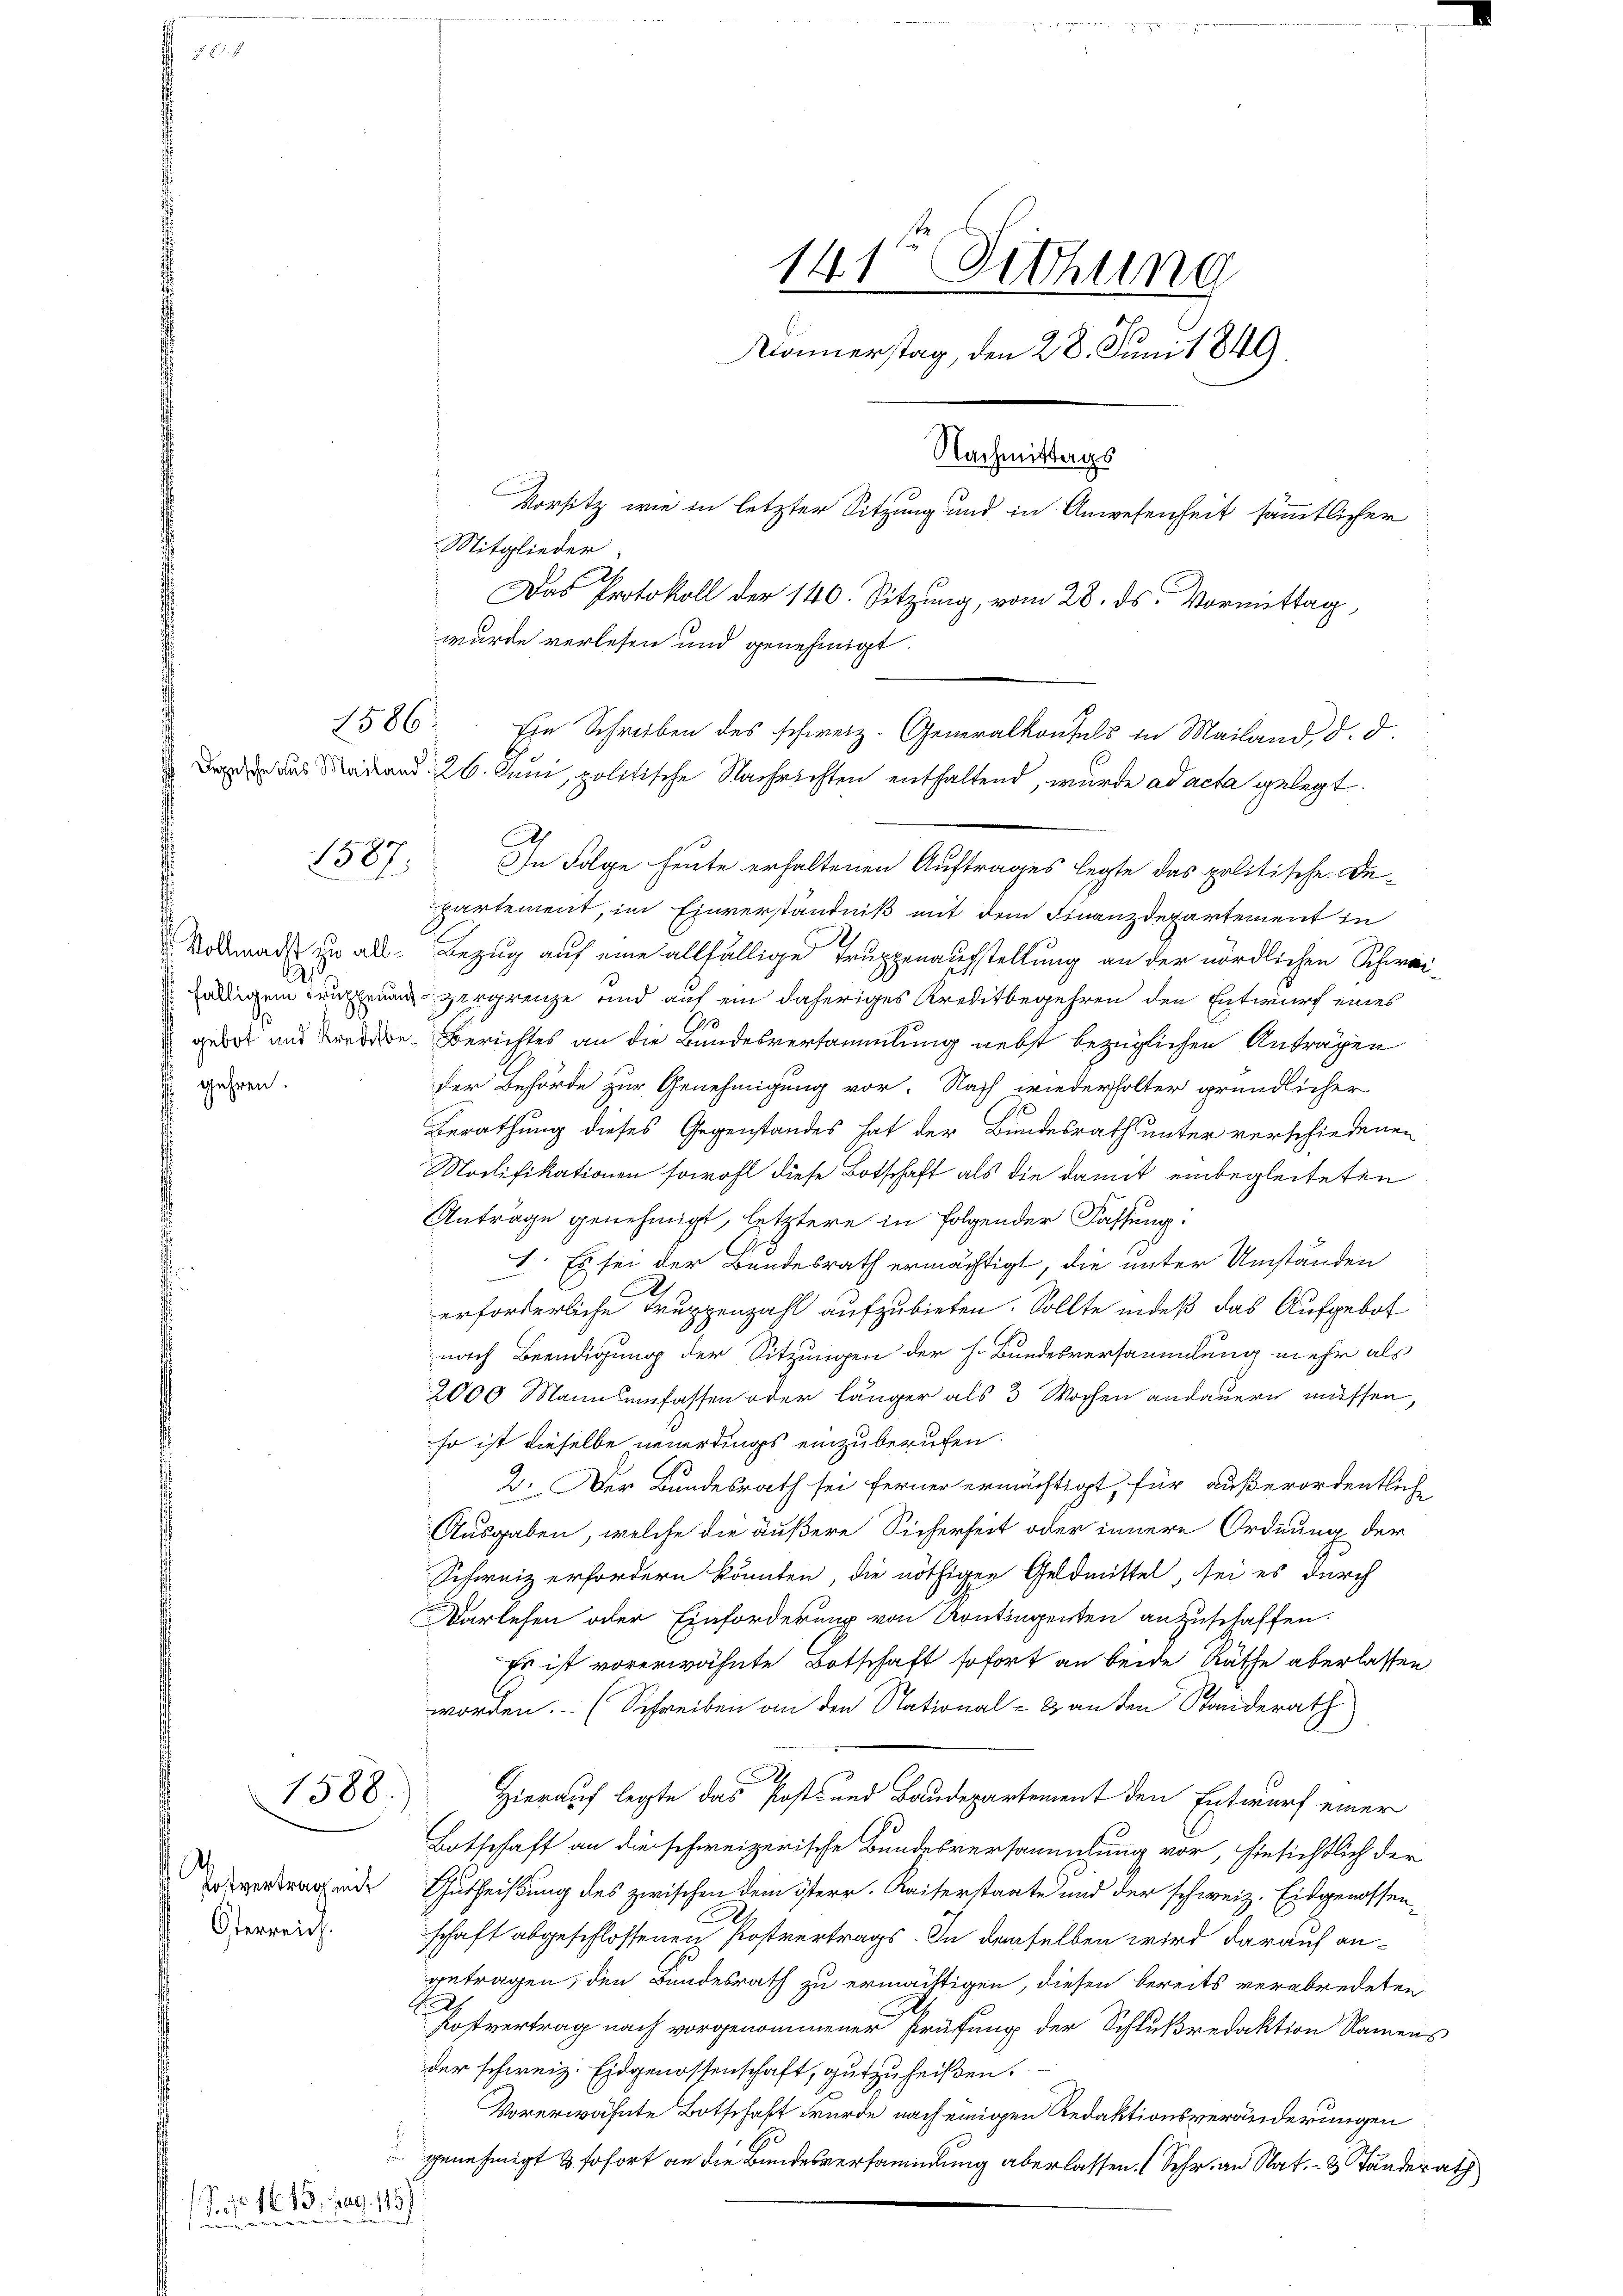
1586.

uus ein

, 1861
P 1610. 2

1587.

gehren.

1588.

Potvertrag mit
Oterreich.

Mitglieder
2

partement, im Einverständniß mit dem Finanzdepartement in
Vollmacht zu all- Bezug auf eine allfällige Truppenaufstellung an der nördlichen Schweifälligen und zergrenze und auf ein daheriges Kreditbegehren den Entwurf eines
gebet uns dere Berichtes an die Bandesversammlung nebst bezüglichen Antragen
der Behörde zur Genehmigung vor. Nach wiederholter gründlicher
.
Berathung dieses Gegenstandes hat der Bundesrath unter verschiedenen
Modifikationen sowohl diese Botschaft als die damit einbegleiteten
Anträge genehmigt, letztere in folgender Fassung:
I. Es sei der Bundesrath ermächtigt, die unter Umständen
erforderliche Truppenzahl aufzubieten. Sollte indeß das Aufgebot
nach Beendigung der Sitzungen der h. Bundesversammlung mehr als
2000 Mannsumfassen oder länger als 3 Wochen andauern müssen,
so ist dieselbe neuerdings einzuberufen.
2. Der Bundesrath sei ferner ermächtigt, für außerordentlich
Ausgaben, welche die äußere Sicherheit oder innere Ordnung der
Schweiz erfordern könnten, die nöthigen Geldmittel, sei es durch
Darlesen oder Einforderung von Kontingenten anzuschaffen.
Es ist vorerwähnte Botschaft sofort an beide Räthe überlassen
worden. (Schreiben an den National-Banden Standerath
.
Hierauf legte das Posts und Baudepartement den Entwurf einer
Botschaft an die schweizerische Bundesversammlung vor, hinsichtlich der
Gutheißung des zwischen dem österr. Kaiserstaate und der schweiz. Eidgenossenschaft abgeschlossenen Postvertrags. In denselben wird darauf angetragen, den Bundesrath zu ermächtigen, diesen bereits verabredeten
 Postvertrag nach vorgenommener Prüfung der Schlußredaktion Namens
der schweiz. Eidgenossenschaft, gutzuheißen.
Vorerwähnte Botschaft wurde nach einigen Redaktionsveränderungen
 genehmigt & sofort an die Bundesversammlung aberlassen. (Sehr an Nat. – 2 Händerath
15)

141r Sitzung
Monnerstag, den 28. Juni 1849
Nachmittags
Vorsitz wie in letzter Sitzung und in Anwesenheit sämmtlicher
Das Protokoll der 140. Sitzung, vom 28. ds. Vormittag,
wurde verlesen und genehmigt.

Ein Schreiben des schweiz. Generalkonfels in Mailand, d. d.
Dan das Merand 26. Juni, politische Nachrichten enthaltend, wurde ad acta gelegt.
In Folge heute erhaltenen Auftrages legte das politische De-